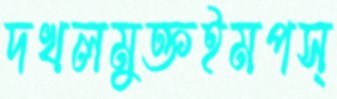
দখলমুক্তইমপস্